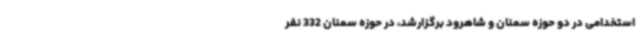
استخدامی در دو حوزه سمنان و شاهرود برگزارشد، در حوزه سمنان 332 نفر